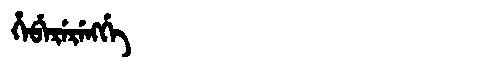
Manchu: ᡥᡝᠪᡝᡵᡝᡵᡝᠩᡤᡝ
Romanization: HEBERERENGGE